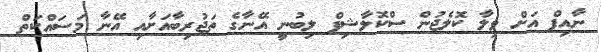
ނާއިފް އަށް ވިލާ ކޮލެޖުން ސްކޮލާޝިޕް ލިބުނީ އޭނާގެ ތަޖުރިބާއަށާއި އޭނާ މަސައްކަތް